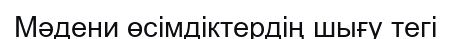
Мəдени өсімдіктердің шығу тегі